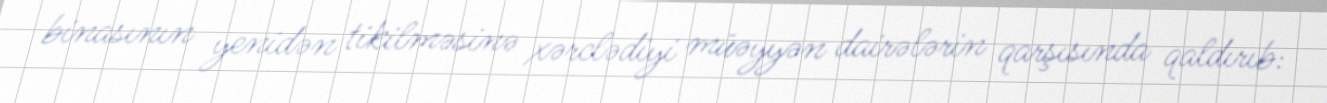
binasının yenidən tikilməsinə xərclədiyi müəyyən dairələrin qarşısında qaldırıb: